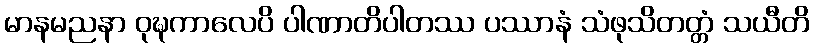
မာနမညနာ ဝုဍ္ဎကာလေပိ ပါဏာတိပါတဿ ပဿာနံ သံဖုသိတတ္တံ သယီတိ